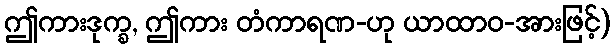
ဤကားဒုက္ခ, ဤကား တံကာရဏ-ဟု ယာထာဝ-အားဖြင့်)